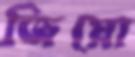
জিয়ো